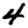
Digit: 4